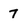
Character: 7